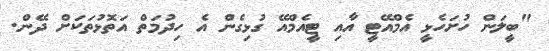
"ބީލަން ހުށަހެޅީ އެމްއޭޓީ އާއި ޓީއެމްއޭ ގުޅިގެން އެ ހިދުމަތް އަތޮޅުތަކަށް ދޭން.